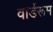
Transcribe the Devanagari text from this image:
वार्डरूम